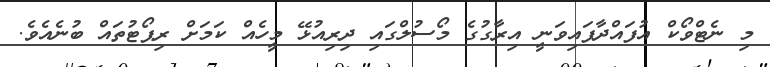
މި ނެޓްވޯކް އުފައްދާފައިވަނީ އިރާގުގެ މޯސުލްގައި ދިރިއުޅޭ މީހެއް ކަމަށް ރިޕޯޓުތައް ބުނެއެވެ.